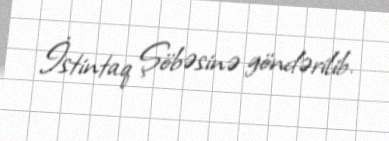
İstintaq Şöbəsinə göndərilib.